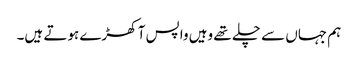
ہم جہاں سے چلے تھے وہیں واپس آ کھڑے ہوتے ہیں۔